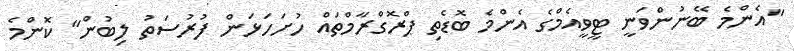
"އެންމެ ބޭނުންވަނީ ޓީވީއެމްގެ އެންމެ ބޮޑެތި ޕްރޮގްރާމްތައް ހުށަހަޅަން ފުރުސަތު ލިބުން" ކޮންމެ